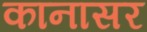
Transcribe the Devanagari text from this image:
कानासर